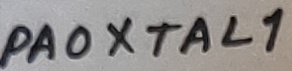
Text: PA0 XTAL1